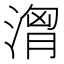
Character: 𣺷